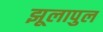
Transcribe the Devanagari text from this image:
झूलापुल